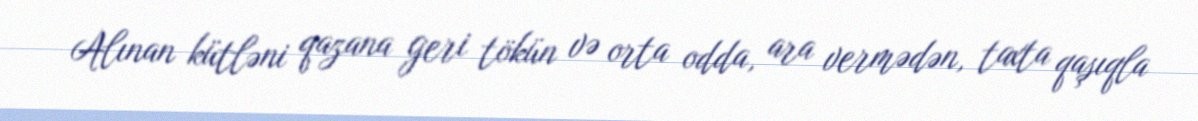
Alınan kütləni qazana geri tökün və orta odda, ara vermədən, taxta qaşıqla